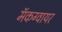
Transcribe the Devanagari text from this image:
मॅकग्वायर